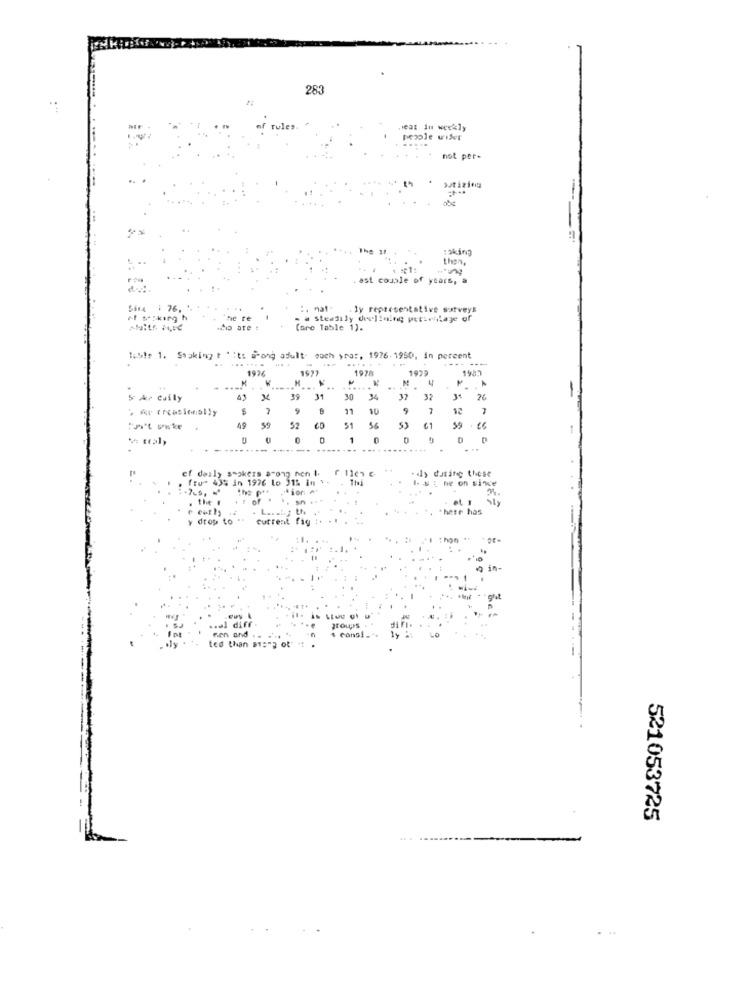
283
rule:
,est iu weekly
people wiser
not per-
Taking
...
then,
ast couple of years, a
Sinx : 76. '
. ly representative surveys
ne te
- a Steadily declining petterlage of
HD are #
(ore Table 1).
1:519 1. Ssaking t " its wrong adult each yrar, 1926-1950, in percent
.......
---
1926
197/
1925
....
5 Ar Cully
43
39
31
30
34
37
32
26
9
11
10
9
7
12
49
52
51
59 . €6
1
0
...
cf daily smokers arong nen I. r.11en €
"dly during these
. fru" 435 in 1976 lo 31% in '. . Thi
the #
. et 1
there has
y drop to " "current fig
.. el diff.
groups
ted than 81="g of" .
men and .. ..
521053725